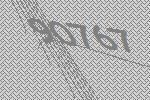
90767